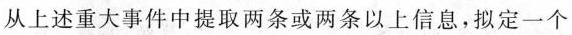
从上述重大事件中提取两条或两条以上信息，拟定一个